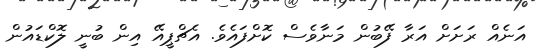
އަނެއް ރަށަށް އަރާ ފޭބުން މަނާވެސް ކޮށްފައެވެ. އެޗްޕީއޭ އިން ބުނީ ލޮކްޑައުން